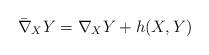
LaTeX: \begin{align*} \bar{\nabla}_{X}Y = \nabla_{X}Y + h(X,Y)\end{align*}